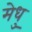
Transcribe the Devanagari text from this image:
मेधु